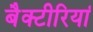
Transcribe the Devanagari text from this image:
बैक्टीरियां